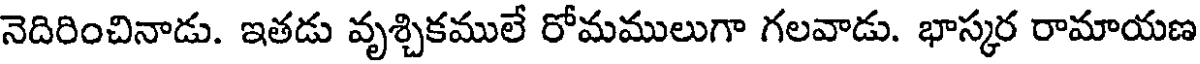
నెదిరించినాడు. ఇతడు వృశ్చికములే రోమములుగా గలవాడు. భాస్కర రామాయణ